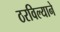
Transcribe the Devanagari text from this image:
ठरविल्याने